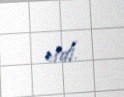
etdi.